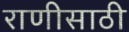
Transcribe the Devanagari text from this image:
राणीसाठी